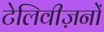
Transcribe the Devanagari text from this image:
टेलिवीज़नों